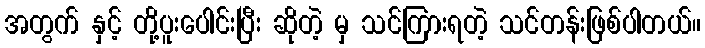
အတွက် နှင့် တို့ပူးပေါင်းပြီး ဆိုတဲ့ မှ သင်ကြားရတဲ့ သင်တန်းဖြစ်ပါတယ်။